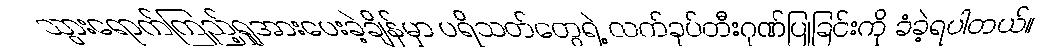
သွားရောက်ကြည့်ရှုအားပေးခဲ့ချိန်မှာ ပရိသတ်တွေရဲ့ လက်ခုပ်တီးဂုဏ်ပြုခြင်းကို ခံခဲ့ရပါတယ်။